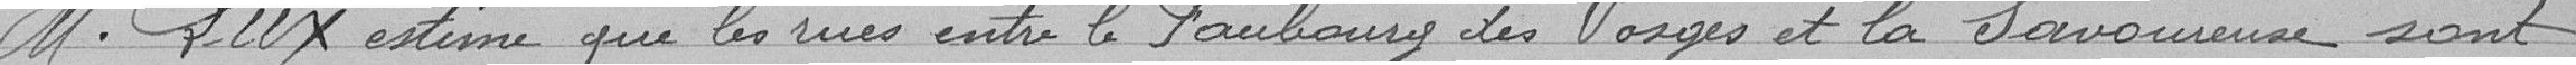
Monsieur Lux estime que les rues entre le Faubourg des Vosges et la Savoureuse sont